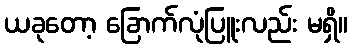
ယခုတော့ ခြောက်လုံပြူးလည်း မရှိ။